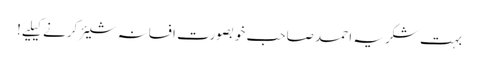
بہت شکریہ احمد صاحب خوبصورت افسانہ شیئر کرنے کیلیے!